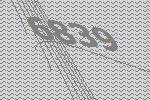
6839